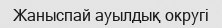
Жаныспай ауылдық округі